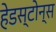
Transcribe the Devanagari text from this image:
हेडस्टोन्स